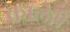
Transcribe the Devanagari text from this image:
कालेरी